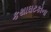
કથાઘટકોના